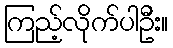
ကြည့်လိုက်ပါဦး။